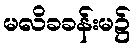
မလိခခန်းမ၌